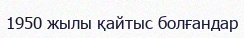
1950 жылы қайтыс болғандар